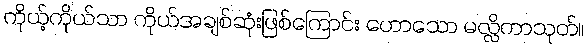
ကိုယ့်ကိုယ်သာ ကိုယ်အချစ်ဆုံးဖြစ်ကြောင်း ဟောသော မလ္လိကာသုတ်။